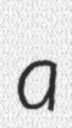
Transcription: a